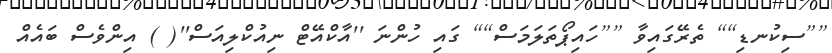
[[ސިކުނޑި]] ތެރޭގައިވާ [[ހައިޕޯތަލަމަސް]] ގައި ހުންނަ ''އާކްއޭޓް ނިއުކްލިއަސް''( ) އިންވެސް ބައެއް